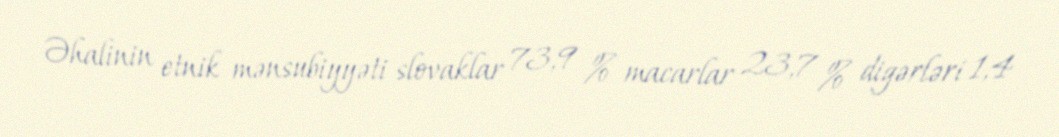
Əhalinin etnik mənsubiyyəti slovaklar 73,9 % macarlar 23,7 % digərləri 1,4